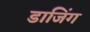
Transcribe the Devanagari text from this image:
डाजिंग